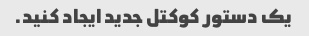
یک دستور کوکتل جدید ایجاد کنید.